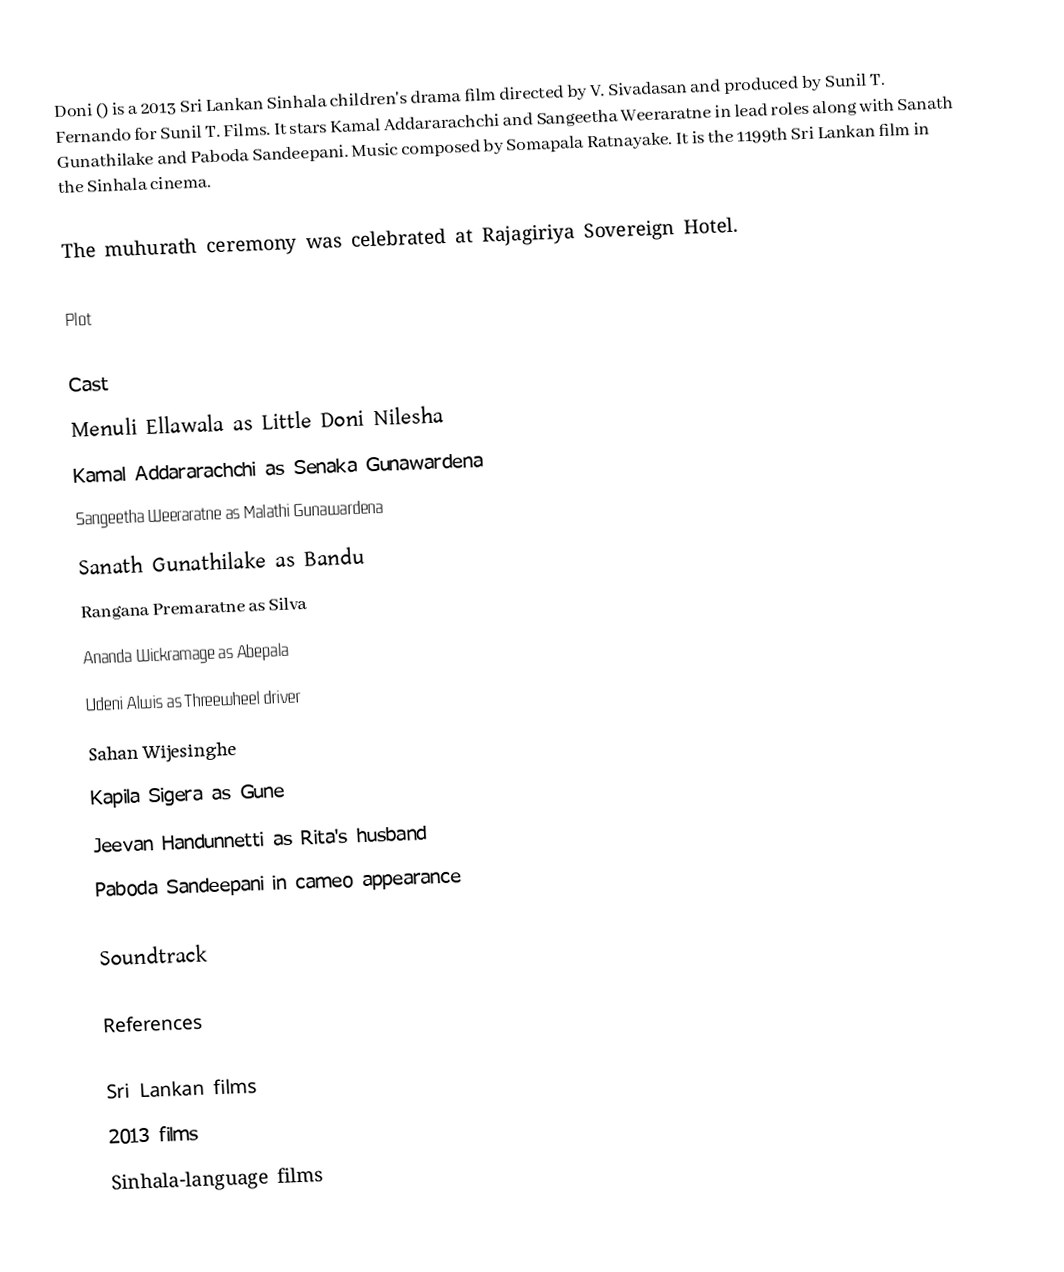
Doni () is a 2013 Sri Lankan Sinhala children's drama film directed by V. Sivadasan and produced by Sunil T. Fernando for Sunil T. Films. It stars Kamal Addararachchi and Sangeetha Weeraratne in lead roles along with Sanath Gunathilake and Paboda Sandeepani. Music composed by Somapala Ratnayake. It is the 1199th Sri Lankan film in the Sinhala cinema.

The muhurath ceremony was celebrated at Rajagiriya Sovereign Hotel.

Plot

Cast
 Menuli Ellawala as Little Doni Nilesha
 Kamal Addararachchi as Senaka Gunawardena
 Sangeetha Weeraratne as Malathi Gunawardena
 Sanath Gunathilake as Bandu
 Rangana Premaratne as Silva
 Ananda Wickramage as Abepala
 Udeni Alwis as Threewheel driver
 Sahan Wijesinghe
 Kapila Sigera as Gune
 Jeevan Handunnetti as Rita's husband
 Paboda Sandeepani in cameo appearance

Soundtrack

References

Sri Lankan films
2013 films
Sinhala-language films